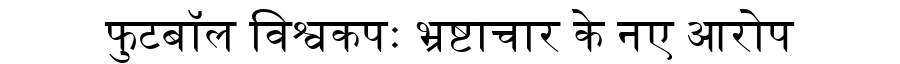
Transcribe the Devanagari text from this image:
फुटबॉल विश्वकपः भ्रष्टाचार के नए आरोप